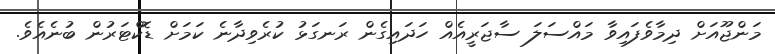
މަންޖޫއަށް ދިމާވެފައިވާ މައްސަލަ ސާޖަރީއެއް ހަދައިގެން ރަނގަޅު ކުރެވިދާނެ ކަމަށް ޑޮކްޓަރުން ބުނެއެވެ.